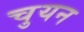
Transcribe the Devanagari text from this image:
चुयन